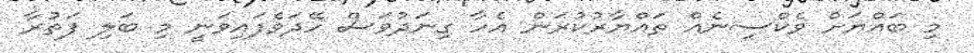
މި ބައްޔަށް ވެކްސިނެއް ތައްޔާރުކުރަން އެހާ ގިނަދުވަސް ހޭދަވެފައިވަނީ މި ބަލި ފަތުރާ